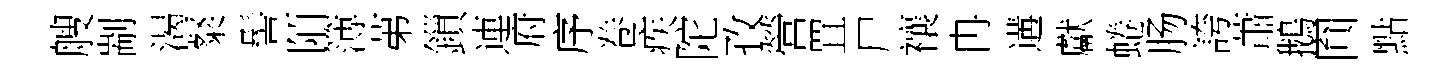
艘剬渴粲髻陌簿苐鎻連府序卷疾陀孜營罝尸禳冉遘獻蜷肠誇蕭鵝圎點